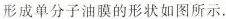
形成单分子油膜的形状如图所示。